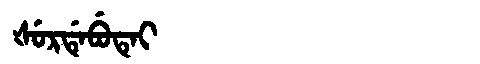
Manchu: ᡧᡠᡵᡩᡝᠪᡠᡨᡝᡳ
Romanization: ŠURDEBUTEI